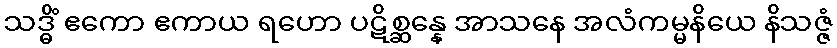
သဒ္ဓိံ ဧကော ဧကာယ ရဟော ပဋိစ္ဆန္နေ အာသနေ အလံကမ္မနိယေ နိသဇ္ဇံ